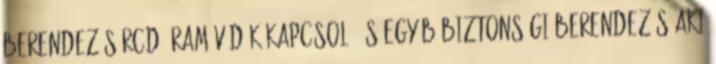
berendezés RCD áram-védők kapcsoló és egyéb biztonsági berendezés Aki